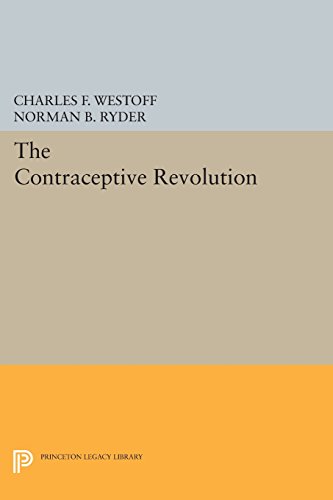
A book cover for The Contraceptive Revolution (Office of Population Research); Charles F. Westoff; Politics & Social Sciences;